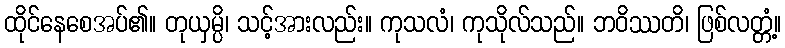
ထိုင်နေစေအပ်၏။ တုယှမ္ပိ၊ သင့်အားလည်း။ ကုသလံ၊ ကုသိုလ်သည်။ ဘဝိဿတိ၊ ဖြစ်လတ္တံ့။